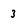
Character: 3